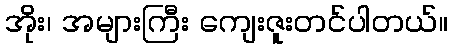
အိုး၊ အများကြီး ကျေးဇူးတင်ပါတယ်။